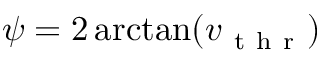
\psi = 2 \arctan ( v _ { \mathrm { ~ t ~ h ~ r ~ } } )